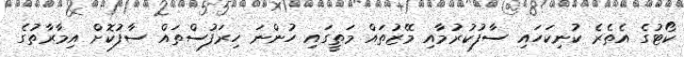
ކޯޓުގެ އެތެރެ ކުނިކަހައި ސާފުކުރުމާއި މޭޒުތައް މަތީގައި ހުންނަ ހިރަފުސްތައް ސާފުކޮށް އިމާރާތުގެ